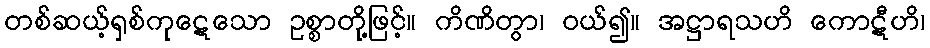
တစ်ဆယ့်ရှစ်ကုဋေသော ဥစ္စာတို့ဖြင့်။ ကိဏိတွာ၊ ဝယ်၍။ အဋ္ဌာရသဟိ ကောဋီဟိ၊